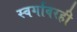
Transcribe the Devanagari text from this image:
स्वर्गावरही